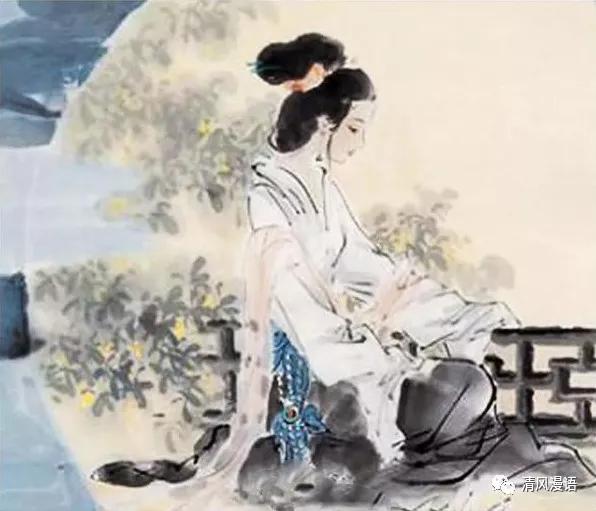
晓镜但愁云鬓改，夜吟应觉月光寒。